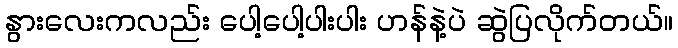
နွားလေးကလည်း ပေါ့ပေါ့ပါးပါး ဟန်နဲ့ပဲ ဆွဲပြလိုက်တယ်။